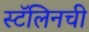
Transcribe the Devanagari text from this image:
स्टॅलिनची